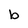
Character: b